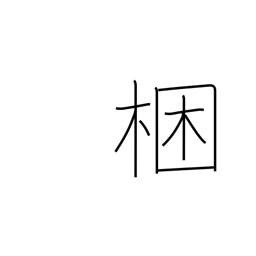
Meaning: tie up